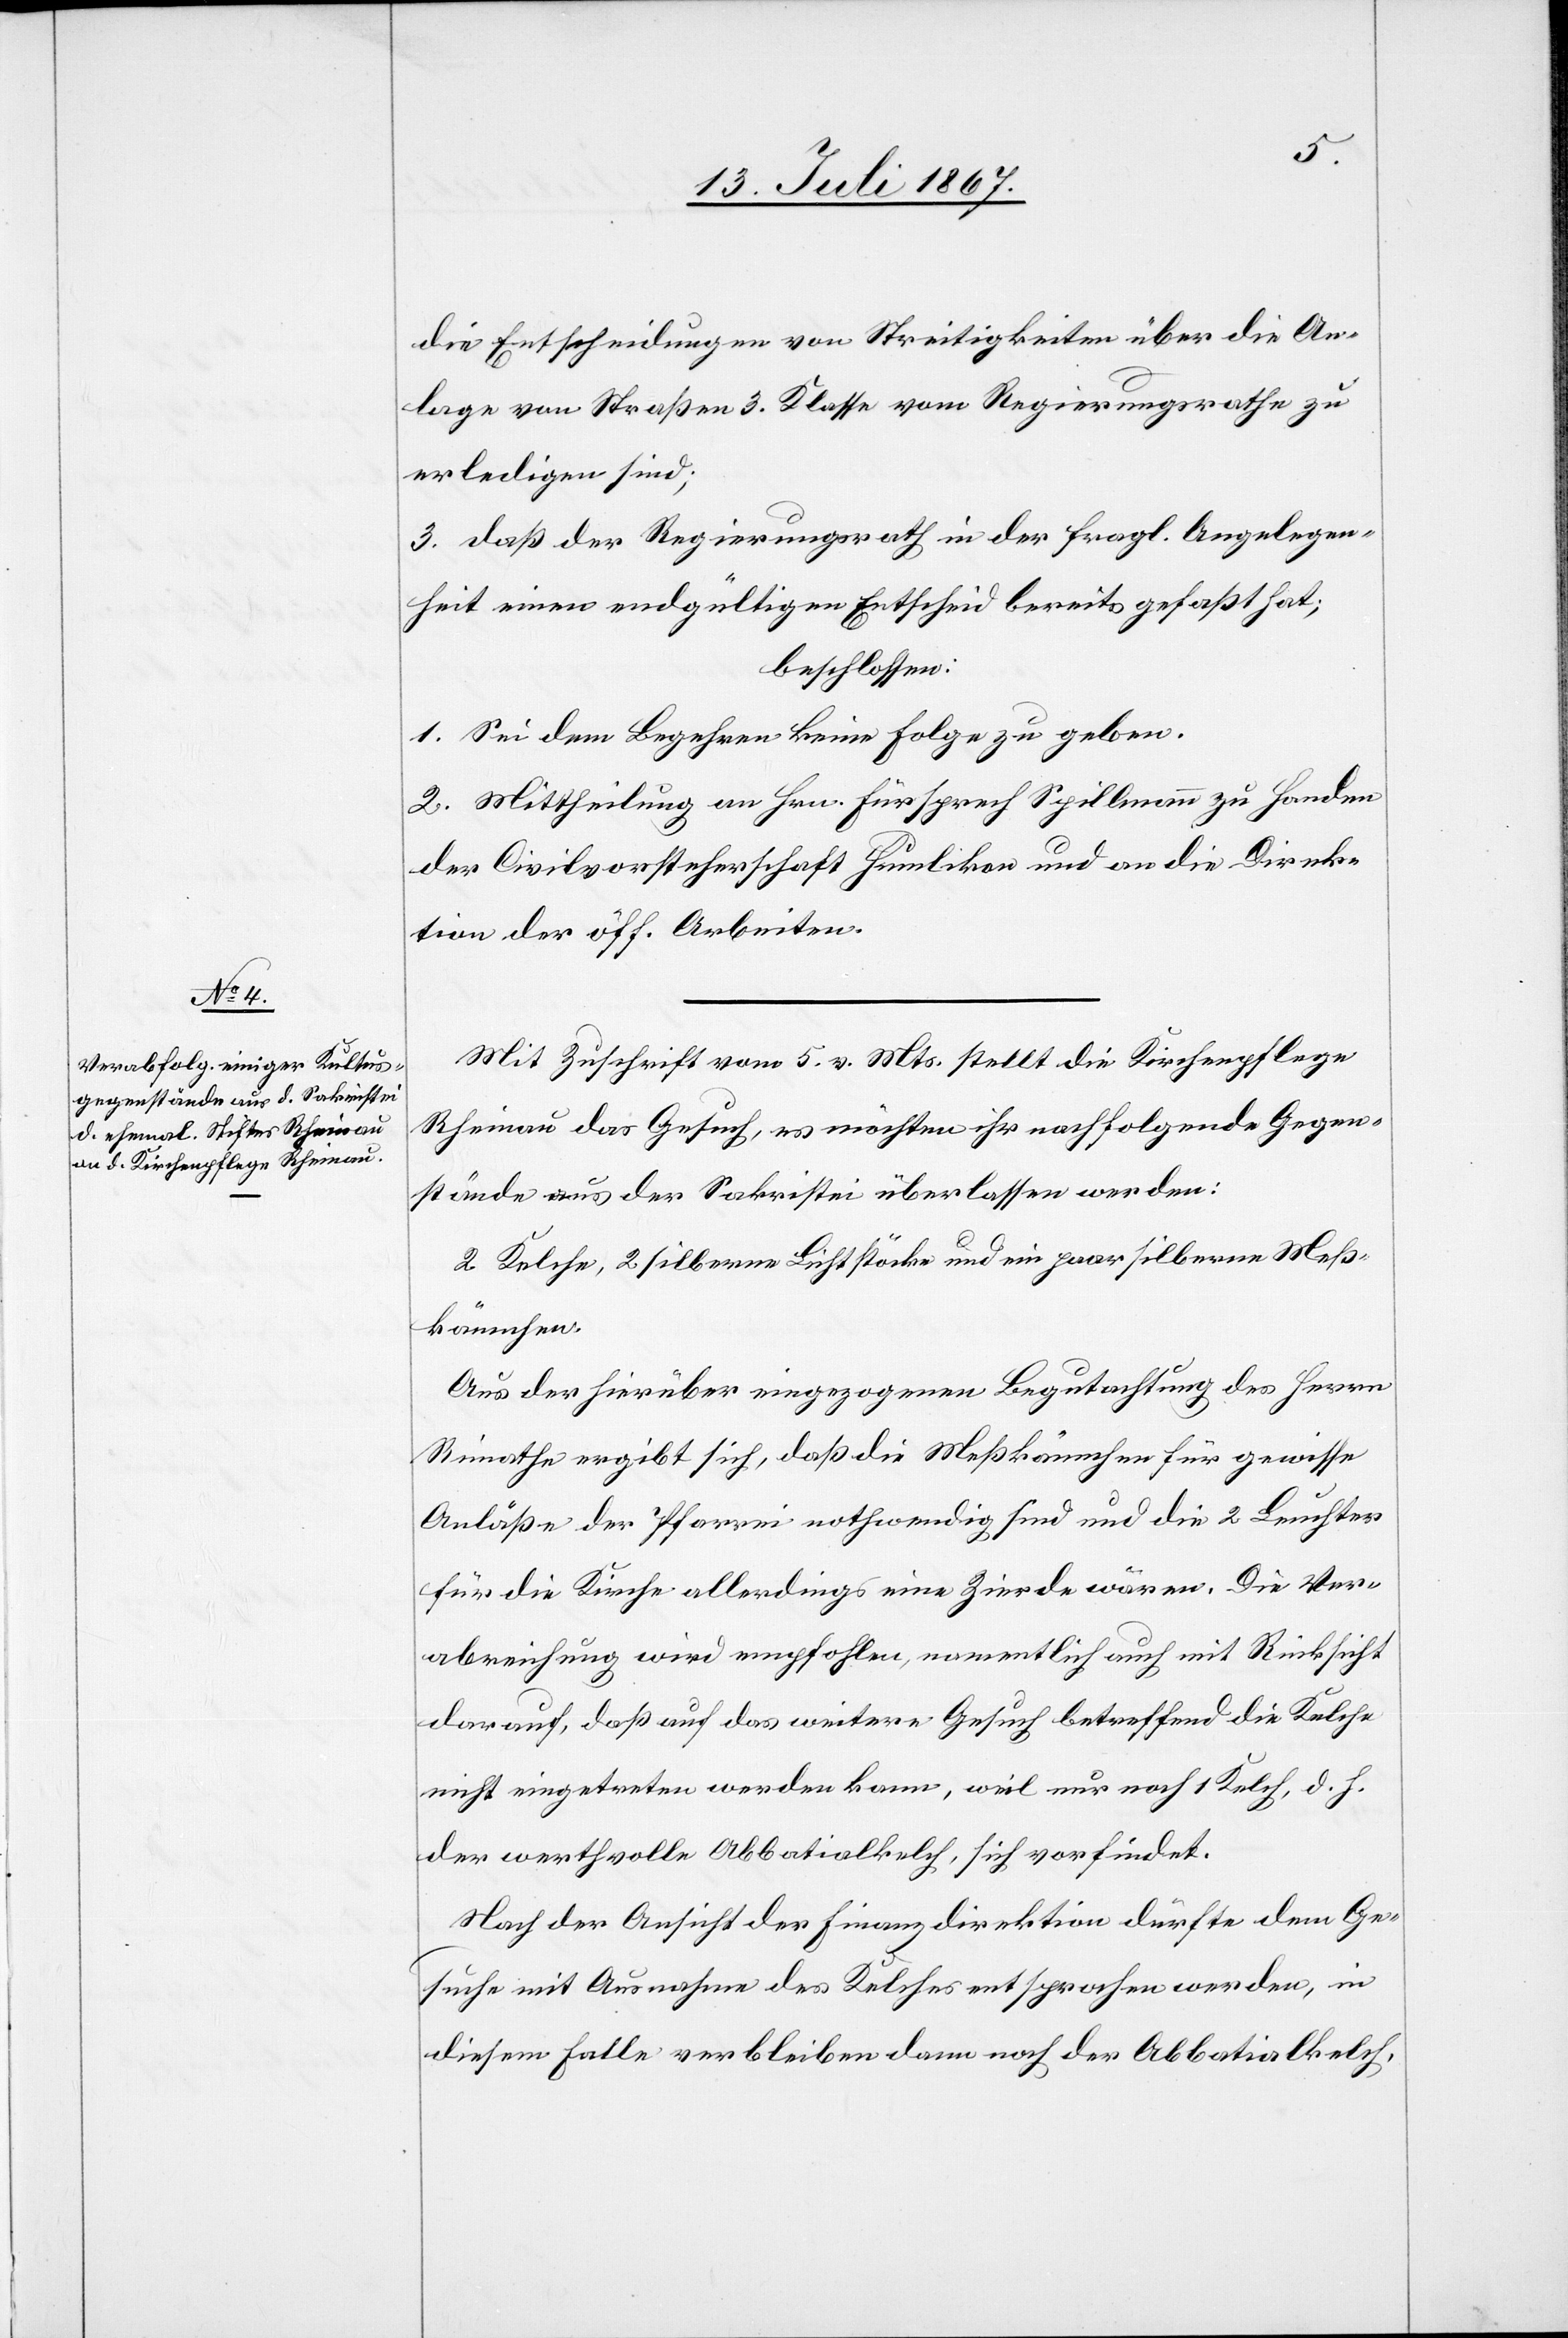
Mit Zuschrift vom 5. v. Mts. stellt die Kirchenpflege
Rheinau das Gesuch, es möchte ihr nachfolgende Gegen¬
stände aus der Sakristei überlassen werden:
2 Kelche, 2 silberne Lichtstöcke und ein paar silberne Meß¬
kännchen.
Aus der hierüber eigezogenen Begutachtung des Herrn
Rimathe ergibt sich, daß die Meßkännchen für gewisse
Anläße der Pfarrei nothwendig sind und die 2 Leuchter
für die Kirche allerdings eine Zierde wären. Die Ver¬
abreichung wird empfohlen, namentlich auch mit Rücksicht
darauf, daß auf das weitere Gesuch betreffend die Kelche
nicht eingetreten werden kann, weil nur noch 1 Kelch, d. h.
der werthvolle Abbatialkelch, sich vorfindet.
Nach der Ansicht der Finanzdirektion dürfte dem Ge¬
suche mit Ausnahme des Kelches entsprochen werden, in
diesem Falle verblieben dann noch der Abbatialkelch,